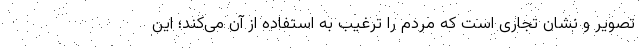
تصویر و نشان تجاری است که مردم را ترغیب به استفاده از آن می‌کند؛ این